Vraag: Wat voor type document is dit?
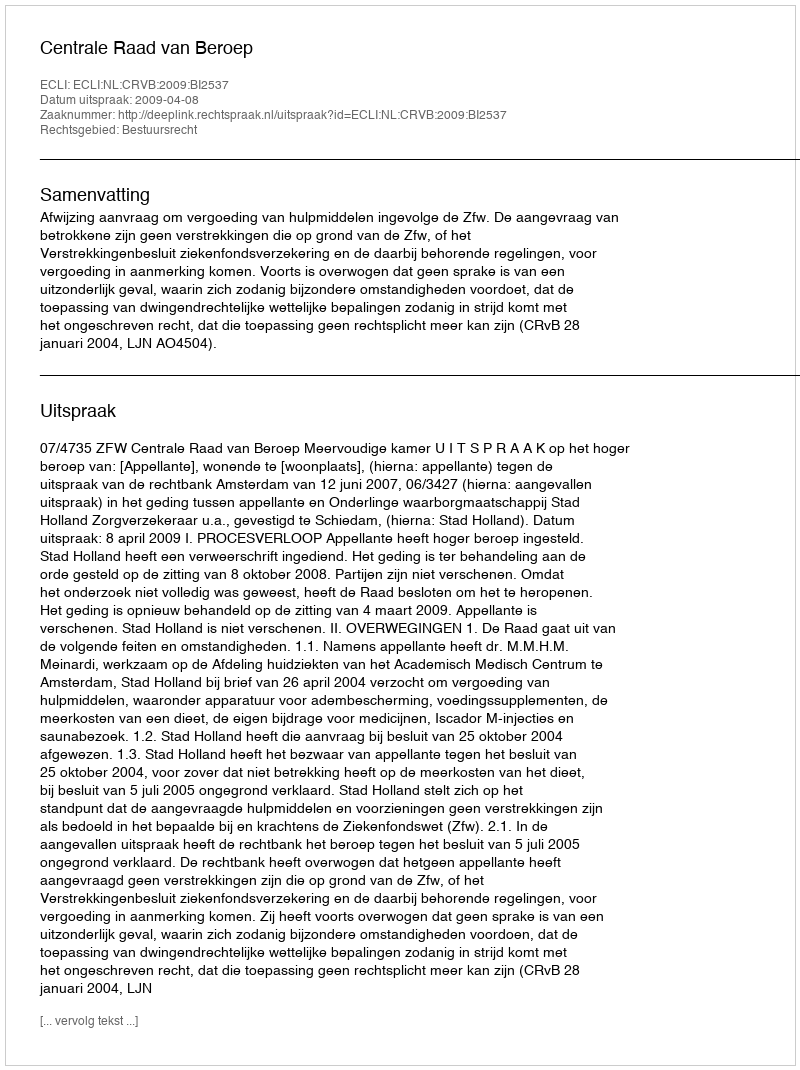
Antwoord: Uitspraak